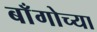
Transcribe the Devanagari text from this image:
बाँगोच्या